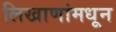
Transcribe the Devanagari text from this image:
लिखाणांमधून